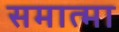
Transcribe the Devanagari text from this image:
समात्मा